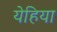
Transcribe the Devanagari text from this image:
येहिया